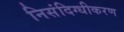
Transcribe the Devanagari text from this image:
निसंदिग्धीकरण